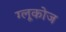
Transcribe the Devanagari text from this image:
ग्‍लूकोज